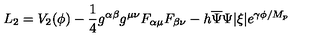
L _ { 2 } = V _ { 2 } ( \phi ) - \frac { 1 } { 4 } g ^ { \alpha \beta } g ^ { \mu \nu } F _ { \alpha \mu } F _ { \beta \nu } - h \overline { { \Psi } } \Psi | \xi | e ^ { \gamma \phi / M _ { p } }